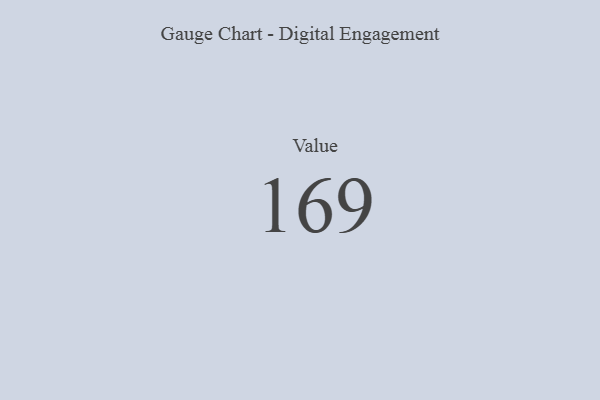
{"axis": {"x": "Metric", "y": "Value"}, "legend": [""], "data": [{"x": "Value", "y": 169, "type": ""}]}